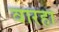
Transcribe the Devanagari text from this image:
वारहा